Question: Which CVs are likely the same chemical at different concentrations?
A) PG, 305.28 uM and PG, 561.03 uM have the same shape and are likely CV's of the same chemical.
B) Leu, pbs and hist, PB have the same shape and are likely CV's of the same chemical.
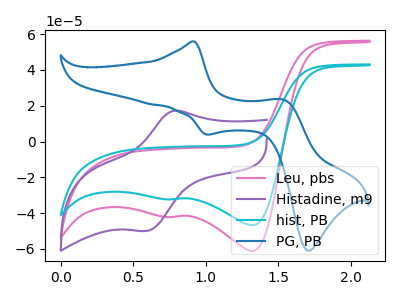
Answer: <think>The pink curve "Leu, pbs" has cathodic peaks at (1.30V, -61.05uA) (0.75V, -42.20uA). The purple curve "Histadine, m9" has an anodic peak at (0.80V, 17.20uA) and a cathodic peak at (0.60V, -49.95uA). The cyan curve "hist, PB" has cathodic peaks at (1.30V, -46.75uA) (0.75V, -32.30uA). The blue curve "PG, PB" has anodic peaks at (0.90V, 55.85uA) (1.55V, 23.25uA) and cathodic peaks at (1.00V, 3.85uA) (1.70V, -60.95uA).
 "Leu, pbs" and "Histadine, m9" have at least one peak that do not match. All the peaks in "Leu, pbs" have a peak in "hist, PB" at the same potential. Every peak in "Leu, pbs" is higher than every peak in "hist, PB". "Leu, pbs" and "PG, PB" have a different number of peaks. "Histadine, m9" and "hist, PB" have at least one peak that do not match. "Histadine, m9" and "PG, PB" have a different number of peaks. "hist, PB" and "PG, PB" have a different number of peaks.</think>
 <answer>B) "Leu, pbs" and "hist, PB" have the same shape and are likely CV's of the same chemical.</answer>
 <eval>B</eval>